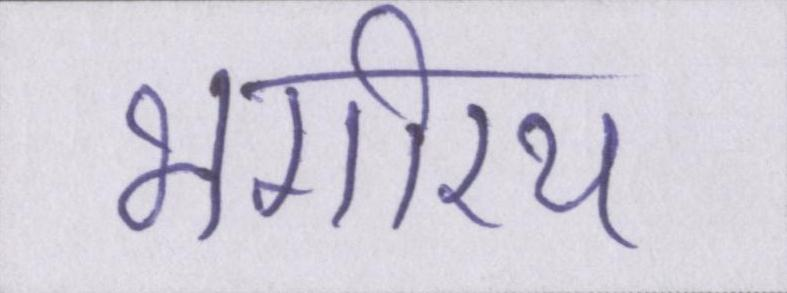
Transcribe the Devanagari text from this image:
भगीरथ